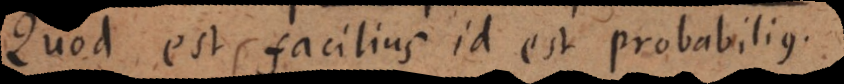
Quod est facilius id est probabilius.